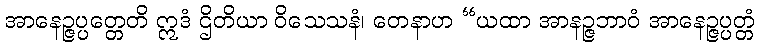
အာနေဉ္ဇပ္ပတ္တေတိ ဣဒံ ဌိတိယာ ဝိသေသနံ၊ တေနာဟ “ယထာ အာနဉ္ဇဘာဝံ အာနေဉ္ဇပ္ပတ္တံ